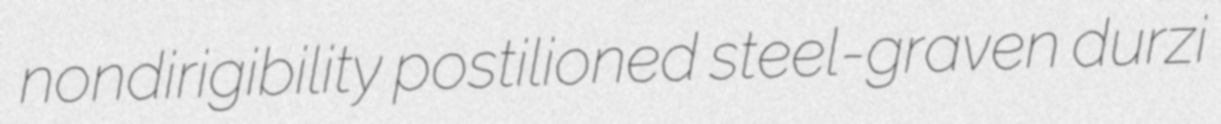
nondirigibility postilioned steel-graven durzi